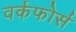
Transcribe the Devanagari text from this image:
वर्कफोर्स